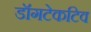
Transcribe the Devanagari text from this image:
डॉगटेकटिव